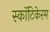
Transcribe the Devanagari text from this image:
स्कॉटिकेरम